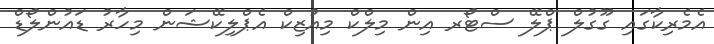
އެމެރިކާގައި ގޫގުލް ޕްލޭ ސްޓޯރ އިން މިލްކް މިއުޒިކް އެޕްލިކޭޝަން މިހާރު ޑައުންލޯޑް